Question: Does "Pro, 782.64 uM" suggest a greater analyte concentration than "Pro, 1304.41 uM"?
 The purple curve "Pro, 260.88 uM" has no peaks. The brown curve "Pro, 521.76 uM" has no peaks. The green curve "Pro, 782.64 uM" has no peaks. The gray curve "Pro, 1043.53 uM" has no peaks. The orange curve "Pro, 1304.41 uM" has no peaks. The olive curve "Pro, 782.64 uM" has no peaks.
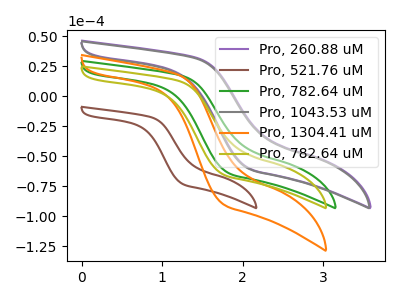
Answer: <think>Neither "Pro, 782.64 uM" or "Pro, 1304.41 uM" have any peaks.
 </think>
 <answer>I cant tell if "Pro, 782.64 uM" or "Pro, 1304.41 uM" has more signal.</answer>
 <eval>mixed_signal</eval>